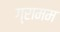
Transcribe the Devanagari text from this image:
ग्रामम